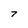
Character: 7